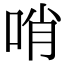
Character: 哨